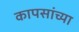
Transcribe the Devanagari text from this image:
कापसांच्या